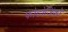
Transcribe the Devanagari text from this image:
फोटोजिंको